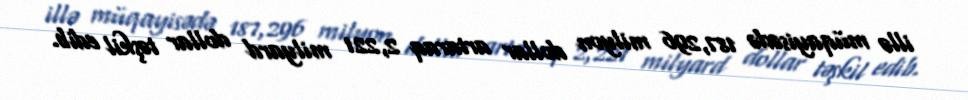
illə müqayisədə 187,296 milyon dollar artaraq 2,221 milyard dollar təşkil edib.